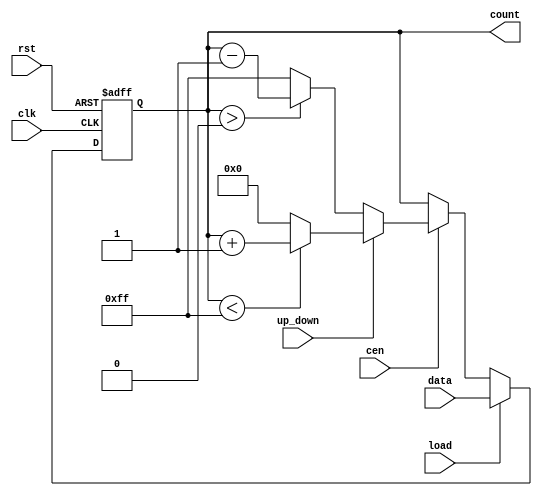
module SynchronousLoadCounter #(
    parameter WIDTH = 8,           // Width of the counter
    parameter MAX_VALUE = 255,     // Maximum value for the counter (for an 8-bit counter)
    parameter MIN_VALUE = 0        // Minimum value for the counter
)(
    input wire clk,                // Clock input
    input wire rst,                // Asynchronous reset
    input wire load,               // Load control signal
    input wire [WIDTH-1:0] data,   // Data input for loading
    input wire cen,                // Count enable
    input wire up_down,            // Control for counting direction (1 for up, 0 for down)
    output reg [WIDTH-1:0] count   // Current count output
);

    // Asynchronous reset
    always @(posedge clk or posedge rst) begin
        if (rst) begin
            count <= MIN_VALUE;     // Reset to minimum value
        end else if (load) begin
            count <= data;          // Load the data input
        end else if (cen) begin
            if (up_down) begin
                if (count < MAX_VALUE) begin
                    count <= count + 1;  // Increment count
                end else begin
                    count <= MIN_VALUE;  // Wrap around to minimum
                end
            end else begin
                if (count > MIN_VALUE) begin
                    count <= count - 1;  // Decrement count
                end else begin
                    count <= MAX_VALUE;   // Wrap around to maximum
                end
            end
        end
    end

endmodule